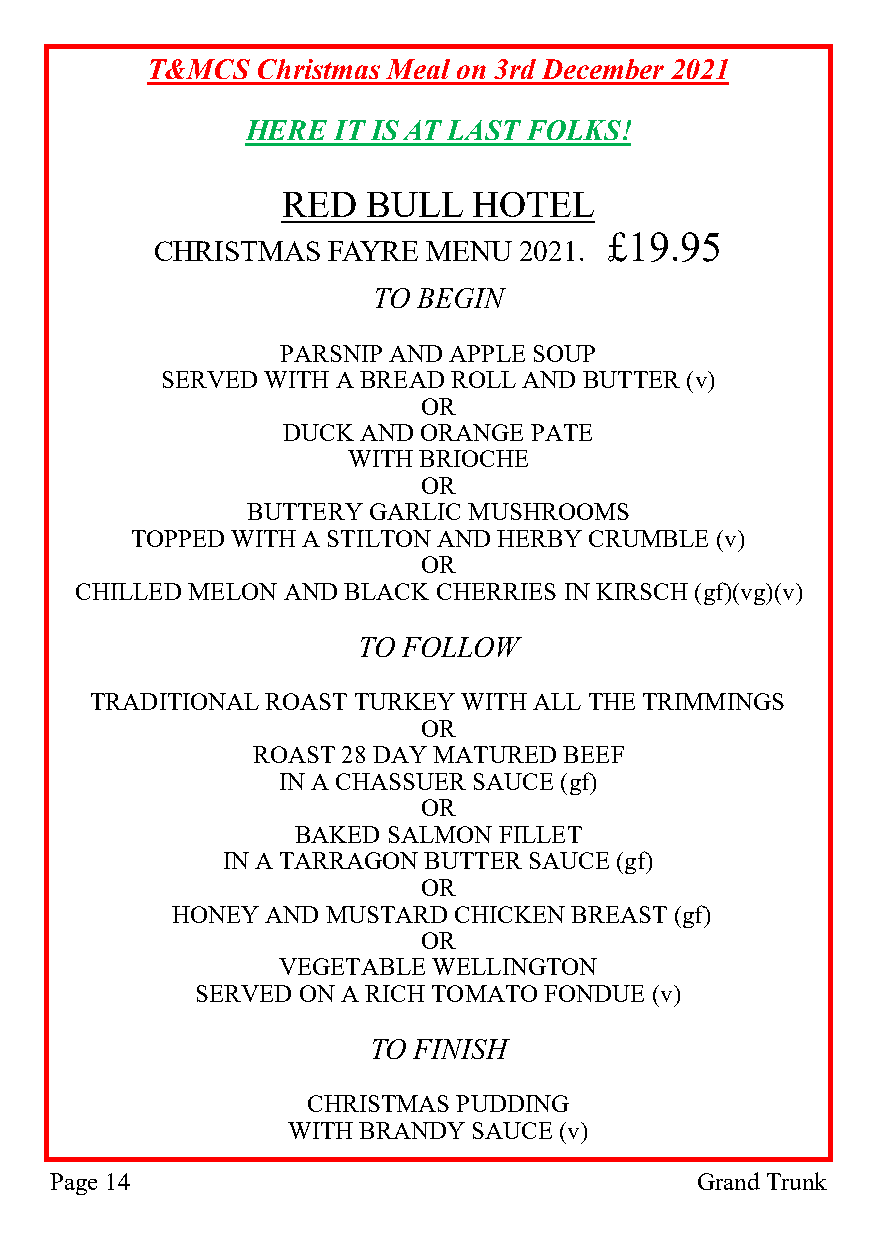
T&MCS  Christmas Meal on 3rd December 2021
 HERE  IT IS AT LAST FOLKS!
 RED  BULL   HOTEL
 £19.95
 CHRISTMAS   FAYRE MENU  2021.
 TO BEGIN
 PARSNIP AND APPLE SOUP
 SERVED WITH A BREAD ROLL AND BUTTER (v)
 OR
 DUCK AND ORANGE PATE
 WITH BRIOCHE
 OR
 BUTTERY GARLIC MUSHROOMS
 TOPPED WITH A STILTON AND HERBY CRUMBLE (v)
 OR
 CHILLED MELON AND BLACK CHERRIES IN KIRSCH (gf)(vg)(v)
 TO FOLLOW
 TRADITIONAL ROAST TURKEY WITH ALL THE TRIMMINGS
 OR
 ROAST 28 DAY MATURED BEEF
 IN A CHASSUER SAUCE (gf)
 OR
 BAKED SALMON FILLET
 IN A TARRAGON BUTTER SAUCE (gf)
 OR
 HONEY  AND MUSTARD CHICKEN BREAST (gf)
 OR
 VEGETABLE  WELLINGTON
 SERVED ON A RICH TOMATO FONDUE (v)
 TO FINISH
 CHRISTMAS PUDDING
 WITH BRANDY SAUCE (v)
 Page 14                                    Grand Trunk